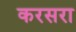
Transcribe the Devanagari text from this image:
करसरा